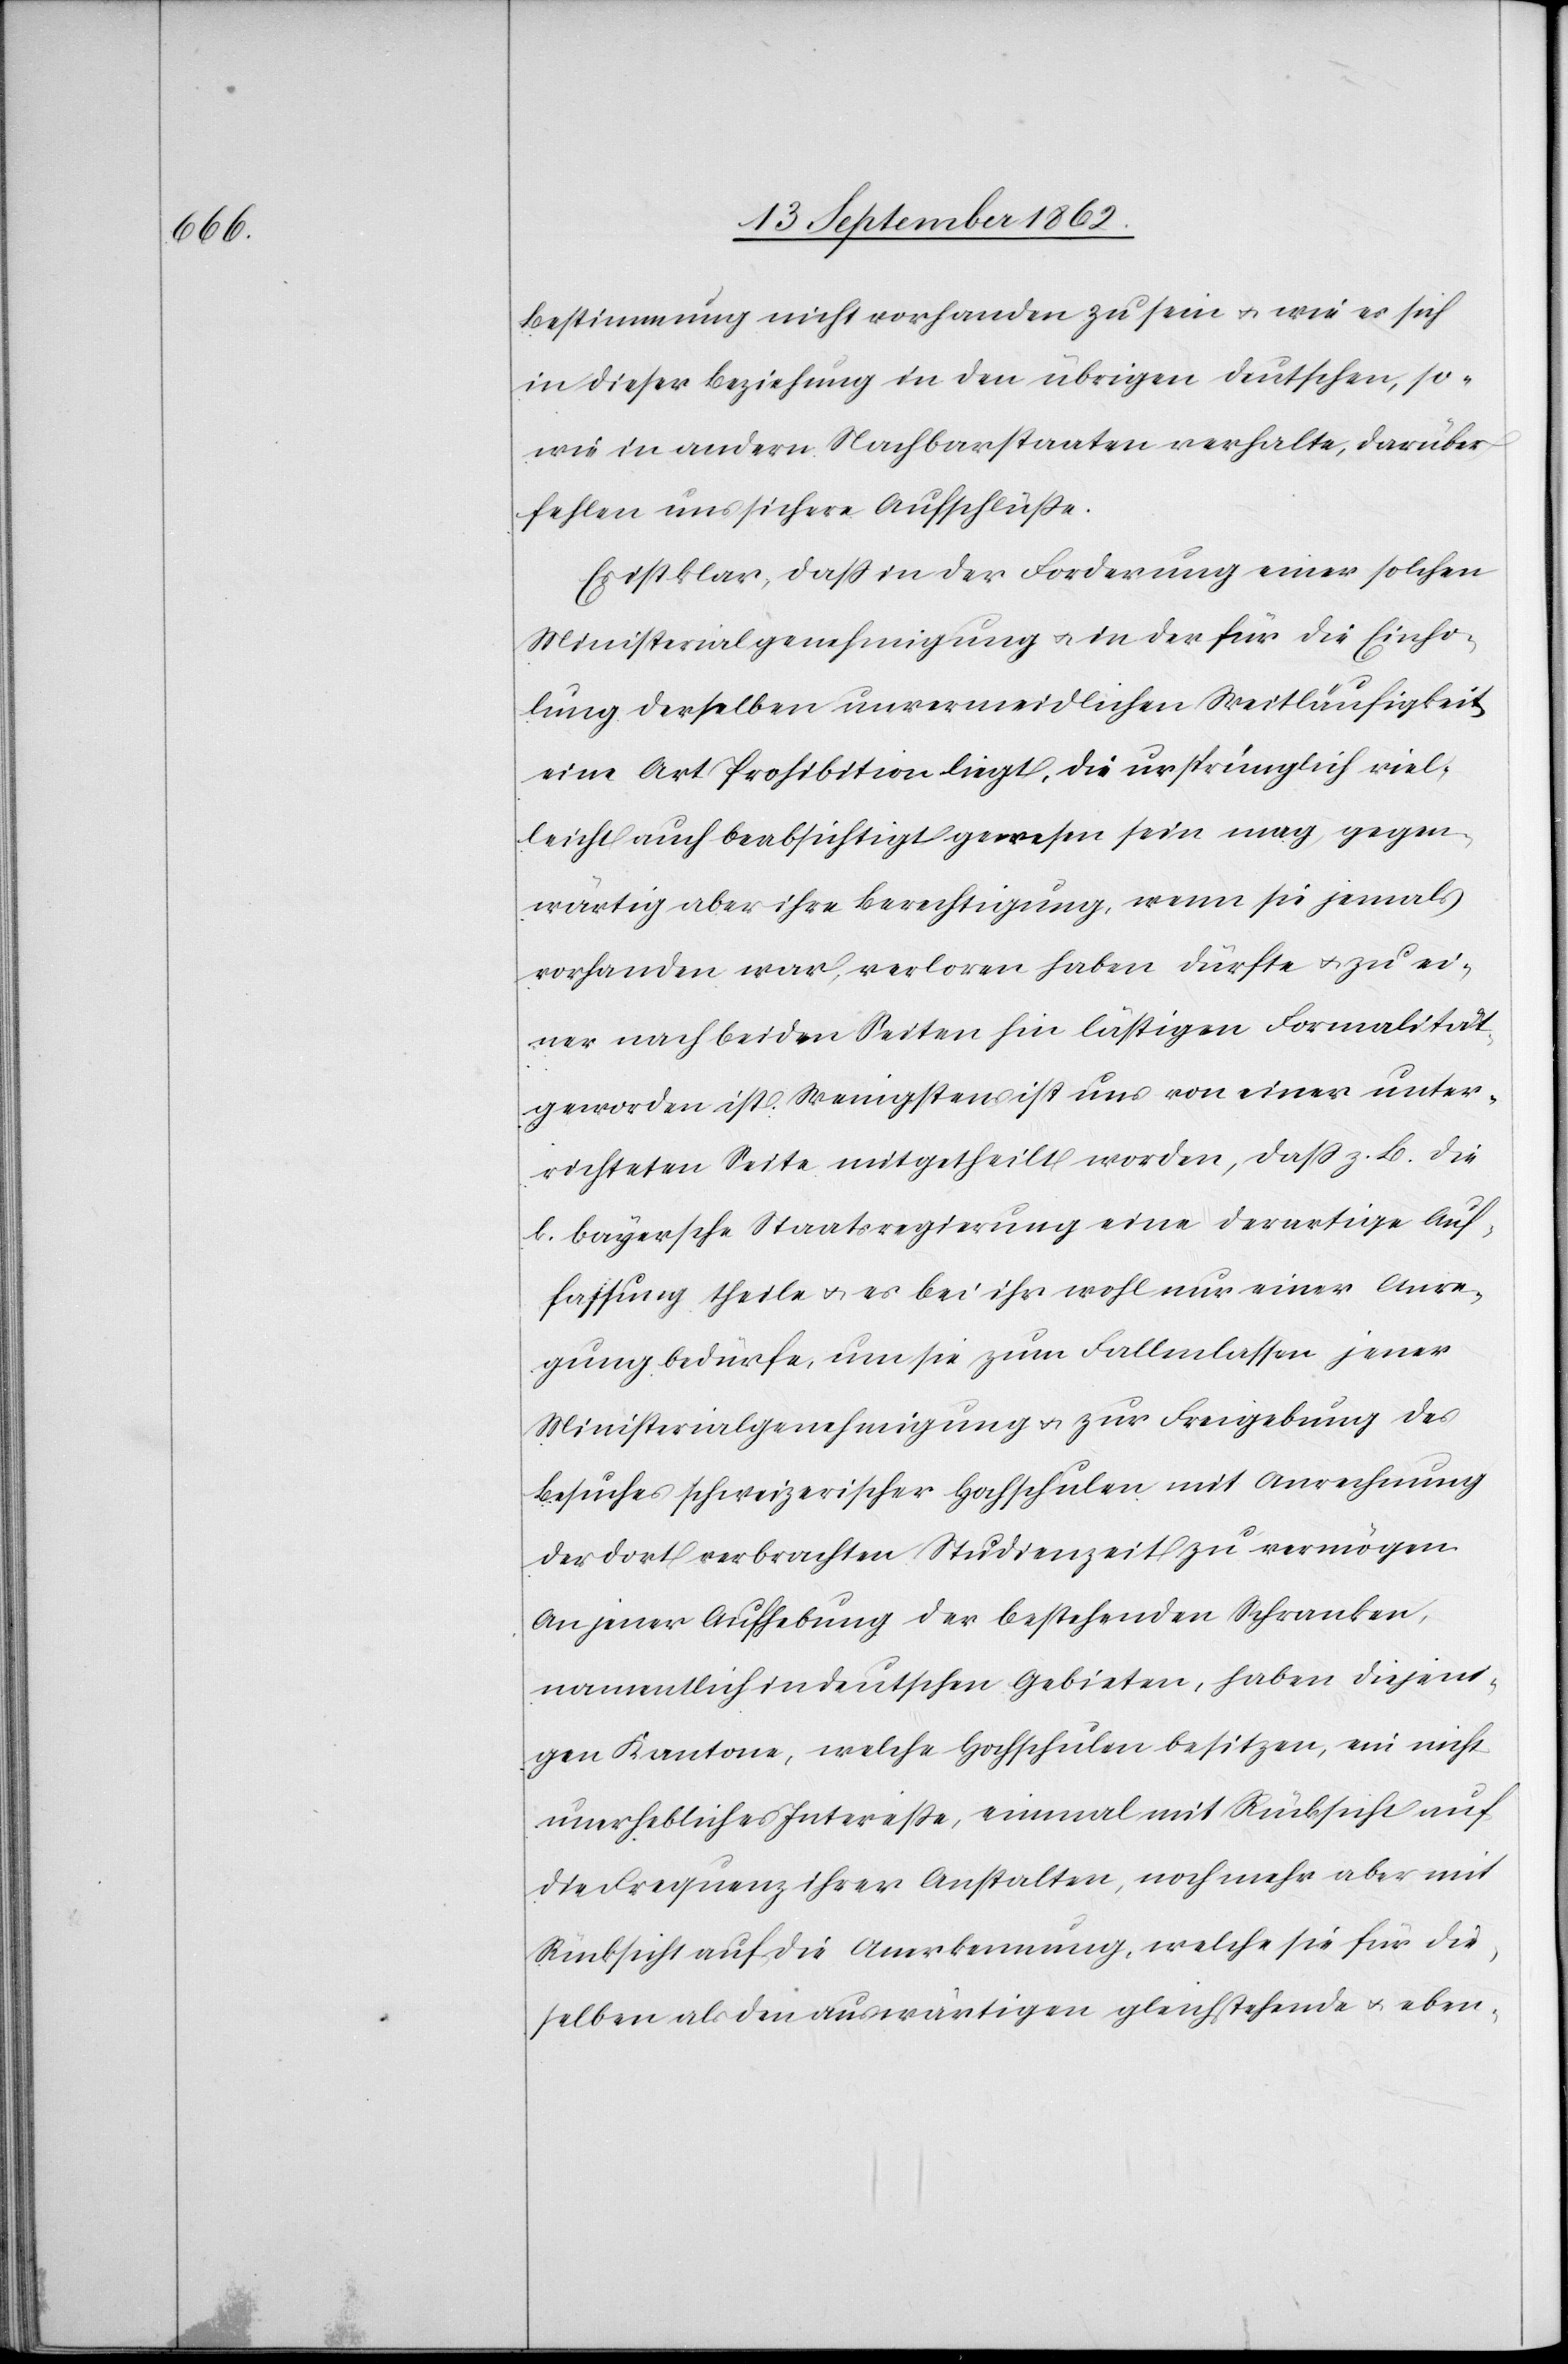
Bestimmung nicht vorhanden zu sein u. wie es sich
in dieser Beziehung in den übrigen deutschen, so¬
wie in andern Nachbarstaaten verhalte, darüber
fehlen uns sichere Aufschlüße.
Es ist klar, daß in der Forderung einer solchen
Ministerialgenehmigung u. in der für die Einho¬
lung derselben unvermeidlichen Weitläufigkeit
eine Art Prohibition liegt, die ursprünglich viel¬
leicht auch beabsichtigt gewesen sein mag, gegen¬
wärtig aber ihre Berechtigung, wenn sie jemals
vorhanden war, verloren haben dürfte u. zu ei¬
ner nach beiden Seiten hin lästigen Formalität
geworden ist. Wenigstens ist uns von einer unter¬
richteten Seite mitgetheilt worden, daß z. B. die
k. bayersche Staatsregierung eine derartige Auf¬
fassung theile u. es bei ihr wohl nur einer Anre¬
gung bedürfe, um sie zum Fallenlassen jener
Ministerialgenehmigung u. zur Freigebung des
Besuches schweizerischer Hochschulen mit Anrechnung
der dort verbrachten Studienzeit zu vermögen.
An jener Aufhebung der bestehenden Schranken,
namentlich in deutschen Gebieten, haben diejeni¬
gen Kantone, welche Hochschulen besitzen, ein nicht
unerhebliches Intereße, einmal mit Rücksicht auf
die Frequenz ihrer Anstalten, noch mehr aber mit
Rücksicht auf die Anerkennung, welche sie für die¬
selben als den auswärtigen gleichstehende u. eben-